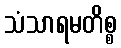
သံသာရမတိစ္စ